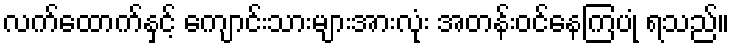
လက်ထောက်နှင့် ကျောင်းသားများအားလုံး အတန်းဝင်နေကြပုံ ရသည်။